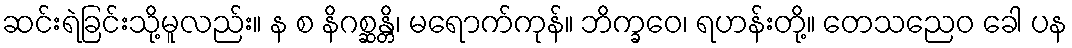
ဆင်းရဲခြင်းသို့မူလည်း။ န စ နိဂစ္ဆန္တိ၊ မရောက်ကုန်။ ဘိက္ခဝေ၊ ရဟန်းတို့။ တေသညေဝ ခေါ ပန